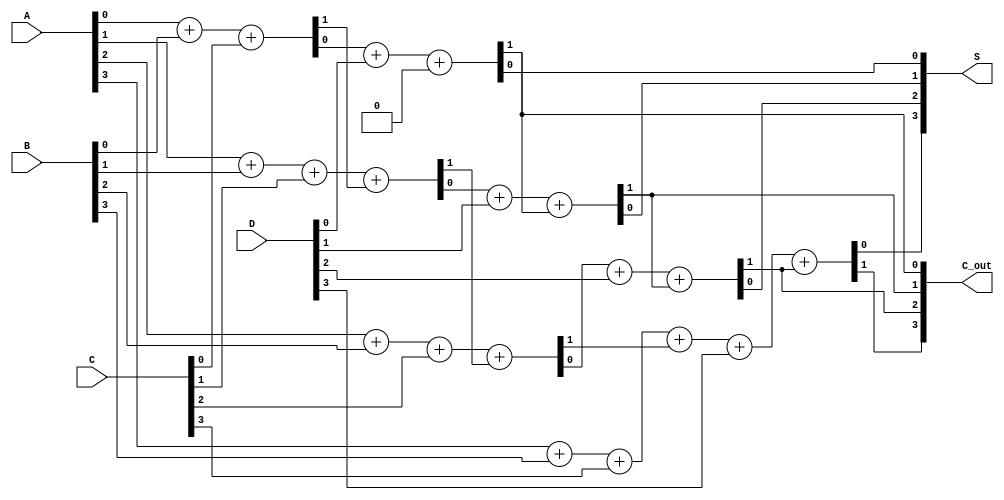
module carry_save_adder (
    input  [3:0] A,  // First 4-bit input
    input  [3:0] B,  // Second 4-bit input
    input  [3:0] C,  // Third 4-bit input
    input  [3:0] D,  // Fourth 4-bit input
    output [3:0] S,  // Sum output
    output [3:0] C_out // Carry output
);

// Intermediate wires for sums and carries
wire [3:0] sum1, carry1;
wire [3:0] sum2, carry2;

// Full adders for the first stage
assign {carry1[0], sum1[0]} = A[0] + B[0] + C[0];
assign {carry1[1], sum1[1]} = A[1] + B[1] + C[1] + carry1[0];
assign {carry1[2], sum1[2]} = A[2] + B[2] + C[2] + carry1[1];
assign {carry1[3], sum1[3]} = A[3] + B[3] + C[3] + carry1[2];

// Full adders for the second stage
assign {carry2[0], sum2[0]} = sum1[0] + D[0] + 1'b0; // No carry in for the first bit
assign {carry2[1], sum2[1]} = sum1[1] + D[1] + carry2[0];
assign {carry2[2], sum2[2]} = sum1[2] + D[2] + carry2[1];
assign {carry2[3], sum2[3]} = sum1[3] + D[3] + carry2[2];

// Final carry and sum outputs
assign S = sum2;         // Final sum output
assign C_out = carry2;  // Final carry output

endmodule